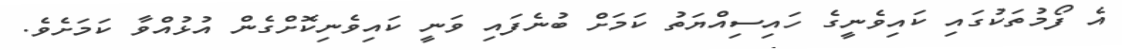
އެ ފޯމުތަކުގައި ކައިވެނީގެ ހައިސިއްޔަތު ކަމަށް ބުނެފައި ވަނީ ކައިވެނިކޮށްގެން އުޅުއްވާ ކަމަށެވެ.